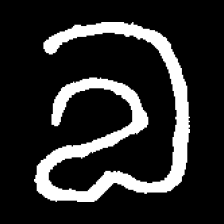
Pyu character \u2014 Myanmar letter: လ (romanized: la)